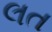
લત